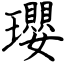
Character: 瓔